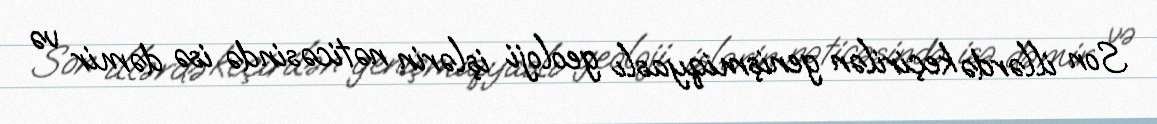
Son illərdə keçirilən genişmiqyaslı geoloji işlərin nəticəsində isə dəmir və